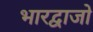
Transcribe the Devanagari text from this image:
भारद्वाजो